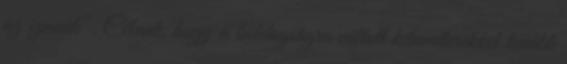
az izmaik”. Célunk, hogy a boldogságra váltott kilométerekkel tovább